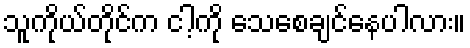
သူကိုယ်တိုင်က ငါ့ကို သေစေချင်နေပါလား။